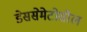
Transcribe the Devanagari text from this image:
डेससेमेटोसील